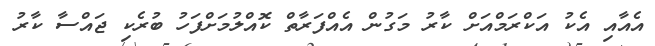
އެއާއި އެކު އަކްރަމްއަށް ކާރު މަގުން އެއްފަރާތް ކޮއްލުމަށްފަހު ބުރެކި ޖައްސާ ކާރު